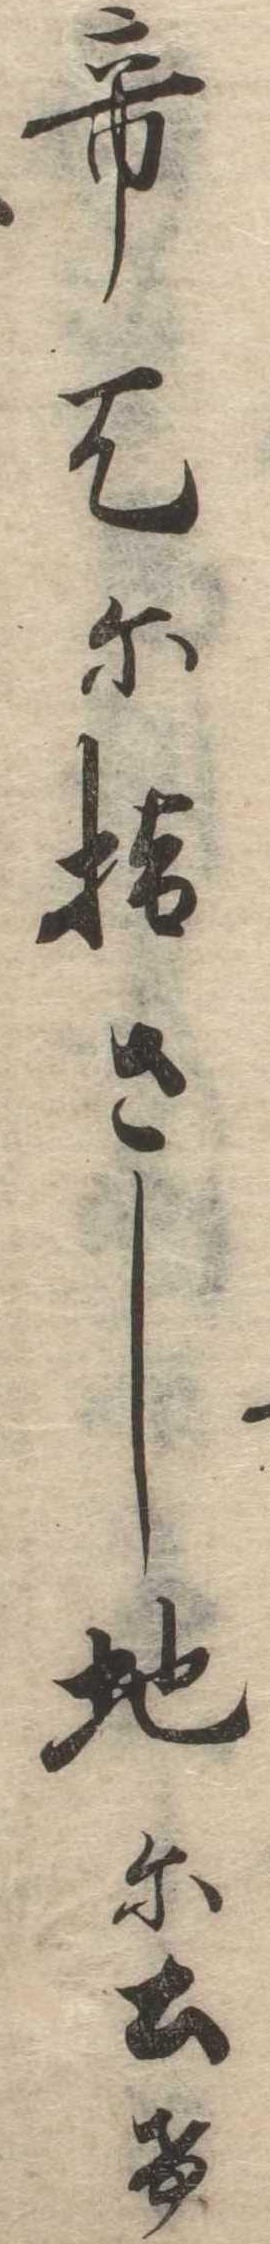
て天に指さし地に土け